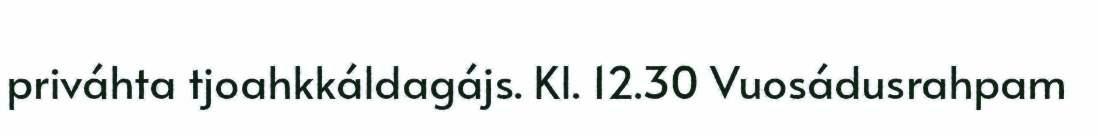
priváhta tjoahkkáldagájs. Kl. 12.30 Vuosádusrahpam